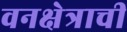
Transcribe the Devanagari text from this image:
वनक्षेत्राची